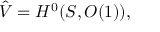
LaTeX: \hat { V } = H ^ { 0 } ( { \cal S } , { \cal O } ( 1 ) ) ,